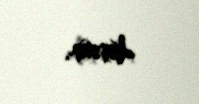
düşsün.